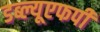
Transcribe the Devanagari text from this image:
डब्ल्यूएफपी